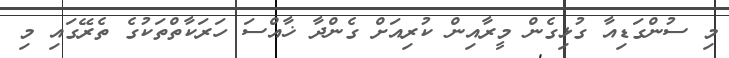
މި ސުންގަޑިއާ ގުޅިގެން މީރާއިން ކުރިއަށް ގެންދާ ޚާއްސަ ހަރަކާތްތަކުގެ ތެރޭގައި މި